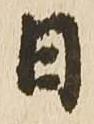
日